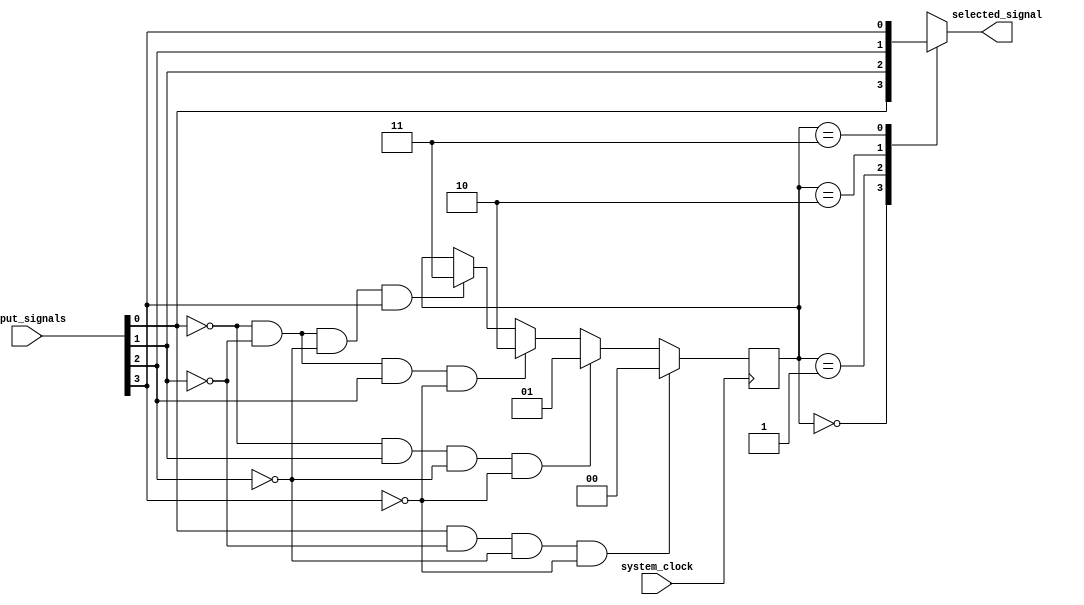
module priority_arbiter (
    input wire system_clock,
    input wire [3:0] input_signals,
    output wire selected_signal
);

reg [1:0] priority;

always @ (posedge system_clock) begin
    if (input_signals[0] && !input_signals[1] && !input_signals[2] && !input_signals[3])
        priority <= 2'b00;
    else if (!input_signals[0] && input_signals[1] && !input_signals[2] && !input_signals[3])
        priority <= 2'b01;
    else if (!input_signals[0] && !input_signals[1] && input_signals[2] && !input_signals[3])
        priority <= 2'b10;
    else if (!input_signals[0] && !input_signals[1] && !input_signals[2] && input_signals[3])
        priority <= 2'b11;
end

always @(*) begin
    case (priority)
        2'b00: selected_signal = input_signals[0];
        2'b01: selected_signal = input_signals[1];
        2'b10: selected_signal = input_signals[2];
        2'b11: selected_signal = input_signals[3];
        default: selected_signal = 1'b0;
    endcase
end

endmodule